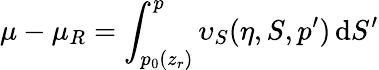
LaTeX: \mu-\mu_{R}=\int_{p_{0}(z_{r})}^{p}\upsilon_{S}(\eta,S,p^{\prime})\, \mathrm{d}S^{\prime}